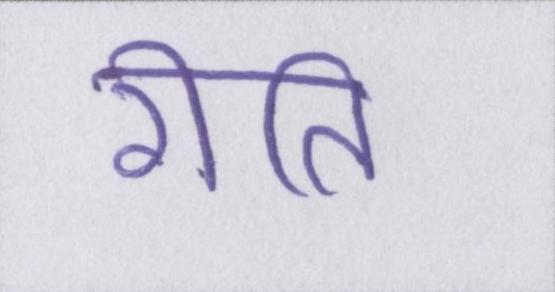
रीति